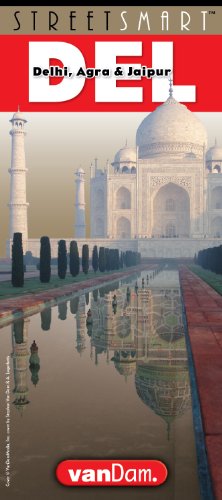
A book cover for StreetSmart Delhi Map by VanDam - City Street Map of Delhi, India - Laminated folding pocket size city travel and subway map; Stephan Van Dam; Travel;